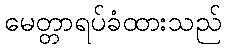
မေတ္တာရပ်ခံထားသည်